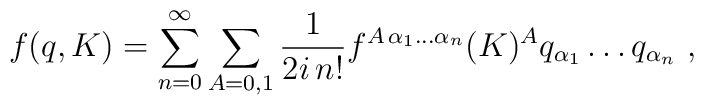
f(q,K )=\sum_{n=0}^{\infty}\sum_{A=0,1}\frac{1}{2i\,n!} f^{A\,\alpha_1\ldots\alpha_n}(K)^A q_{\alpha_1}\ldots q_{\alpha_n}\, \,,